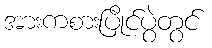
အားကစားပြိုင်ပွဲတွင်